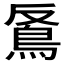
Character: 𩿔